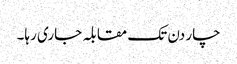
چار دن تک مقابلہ جاری رہا۔